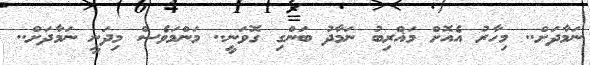
ނަމާދަށް.. މިހާރު އެއޮށް މަޣްރިބު ނަމާދު ބަންގި ގޮވަނީ.. މަންމަވެސް މިދަނީ ނަމާދަށް..